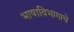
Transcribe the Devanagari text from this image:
भाषाविभागाचे